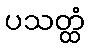
ပသတ္ထံ